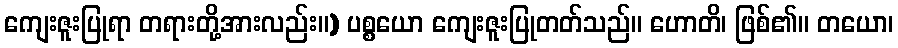
ကျေးဇူးပြုရာ တရားတို့အားလည်း။) ပစ္စယော ကျေးဇူးပြုတတ်သည်။ ဟောတိ၊ ဖြစ်၏။ တယော၊